Vaccination in the Punjab 1919-1929 - 1919-1929
Year: 1919
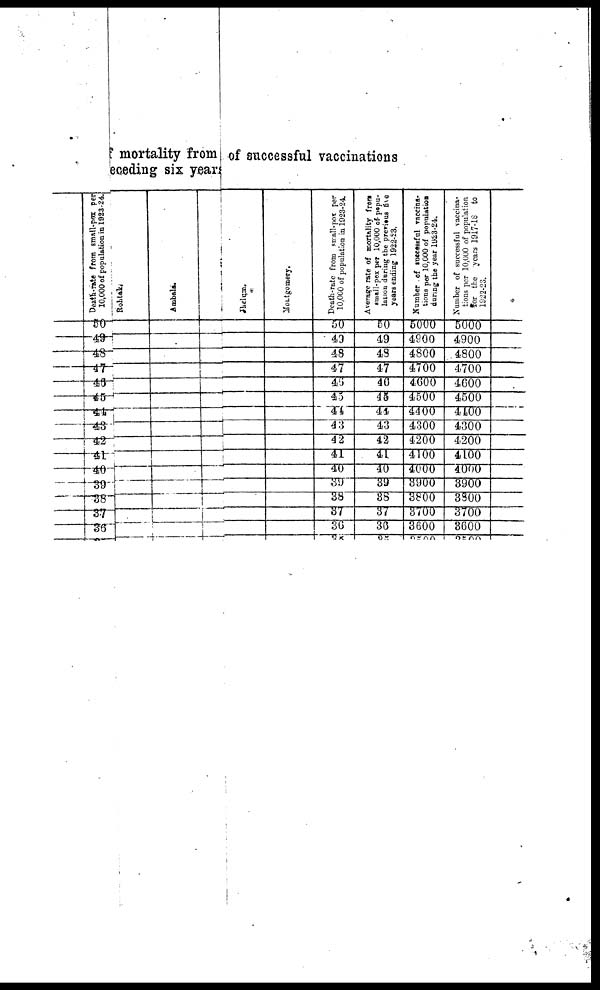
mortality from of successful vaccinations
eceding six years